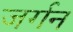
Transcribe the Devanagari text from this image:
जर्गन